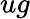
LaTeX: ug